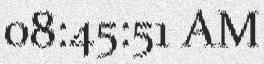
08:45:51 AM